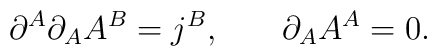
\partial ^A\partial _AA^B=j^B,\hspace{0.3in} \partial _AA^A=0.